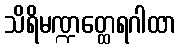
သိရိမဏ္ဍတ္ထေရဂါထာ